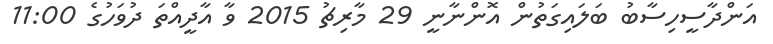
އަންދާސީހިސާބު ބަލައިގަތުން އޮންނާނީ 29 މާރިޗު 2015 ވާ އާދީއްތަ ދުވަހުގެ 11:00